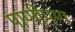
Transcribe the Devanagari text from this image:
पाणीपण